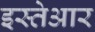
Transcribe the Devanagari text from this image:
इस्तेआर